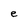
Character: e